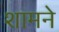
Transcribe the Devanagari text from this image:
शामने